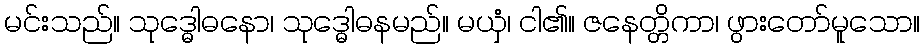
မင်းသည်။ သုဒ္ဓေါဓနော၊ သုဒ္ဓေါဓနမည်။ မယှံ၊ ငါ၏။ ဇနေတ္တိကာ၊ ဖွားတော်မူသော။